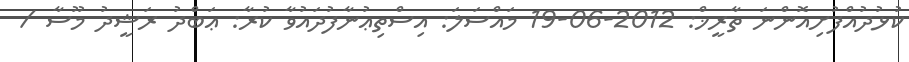
ކުޅުދުއްފުށިއޮންނަ ތާރީޚް: 2012-06-19 މައްސަލަ: އިސްތިޢުނާފުދައުވާ ކުރާ: ޢަބްދު ރަޝީދު މޫސާ /